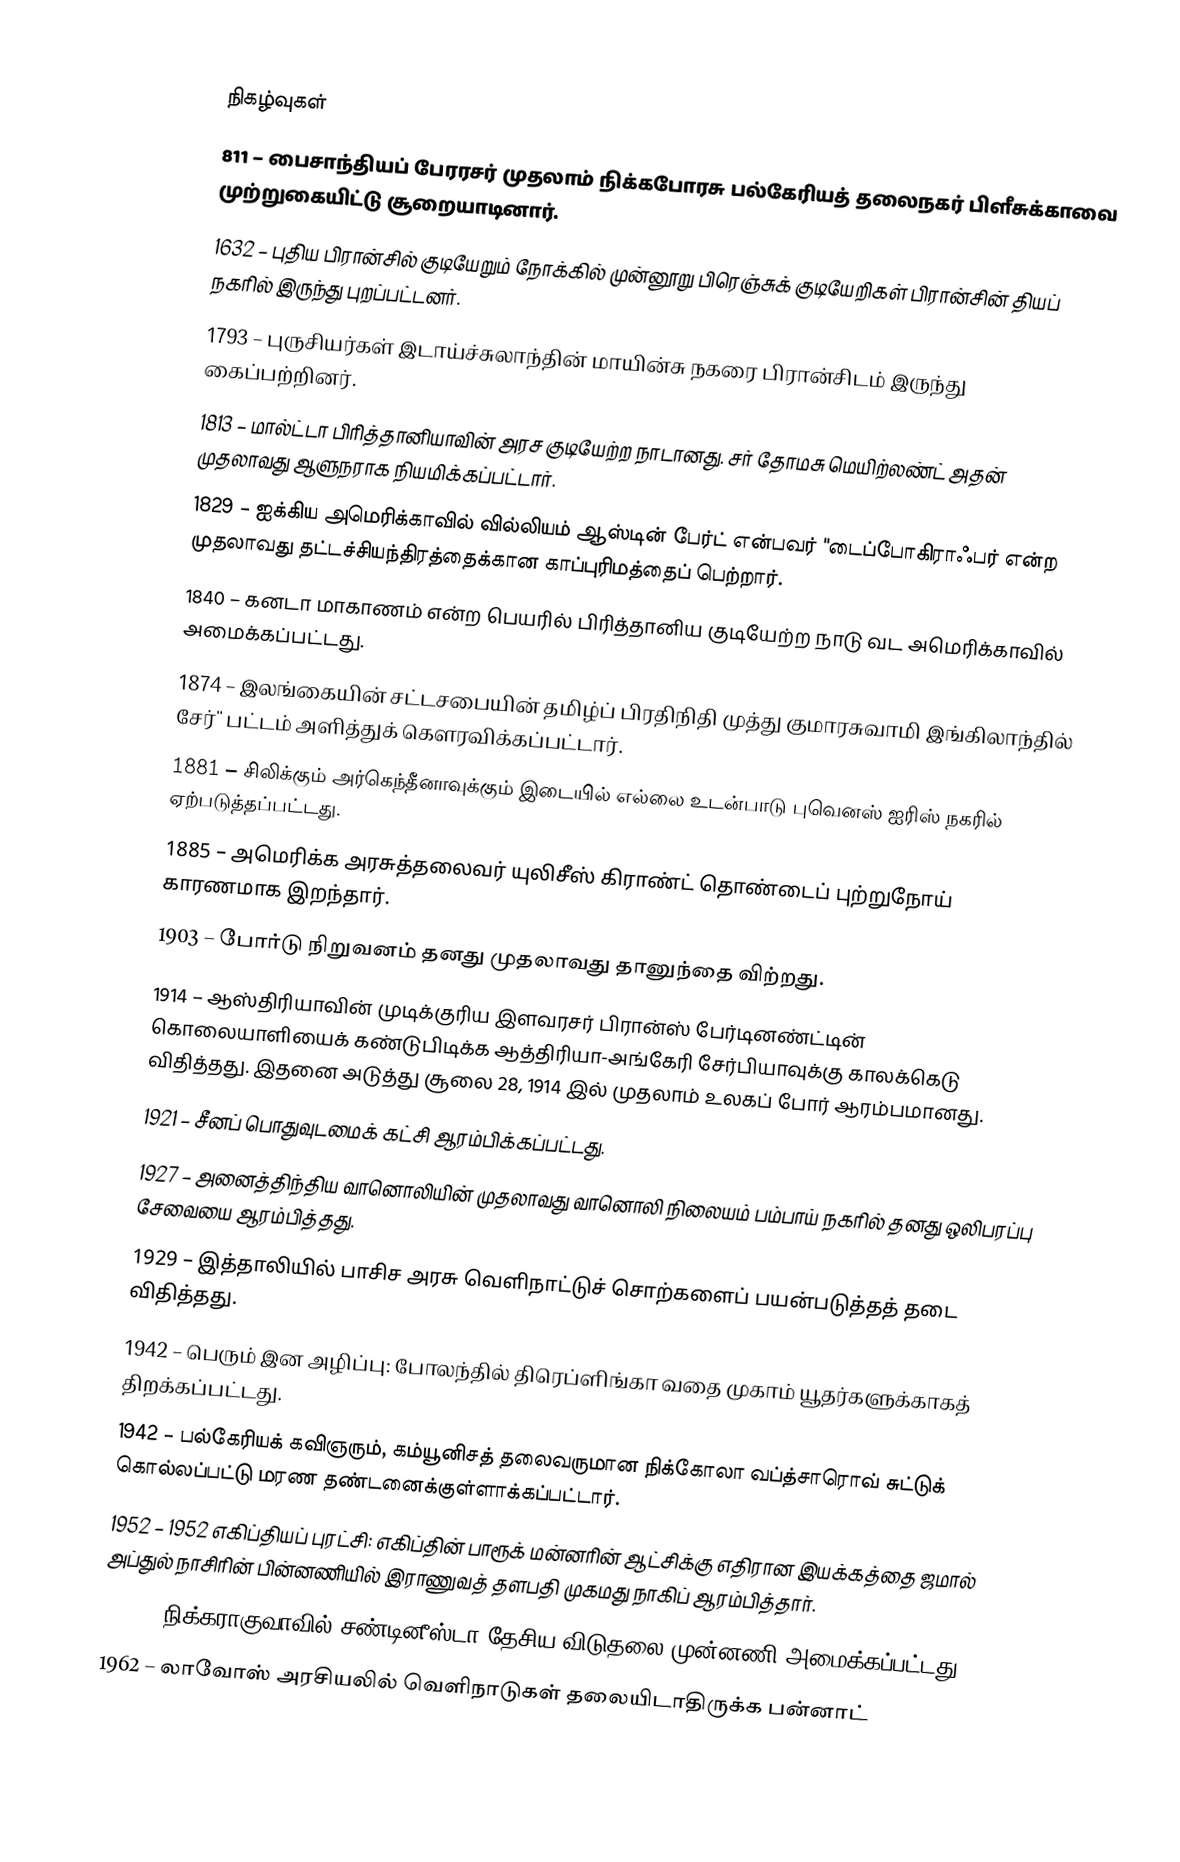

நிகழ்வுகள்
811 – பைசாந்தியப் பேரரசர் முதலாம் நிக்கபோரசு பல்கேரியத் தலைநகர் பிளீசுக்காவை முற்றுகையிட்டு சூறையாடினார்.
1632 – புதிய பிரான்சில் குடியேறும் நோக்கில் முன்னூறு பிரெஞ்சுக் குடியேறிகள் பிரான்சின் தியப் நகரில் இருந்து புறப்பட்டனர்.
1793 – புருசியர்கள் இடாய்ச்சுலாந்தின் மாயின்சு நகரை பிரான்சிடம் இருந்து கைப்பற்றினர்.
1813 – மால்ட்டா பிரித்தானியாவின் அரச குடியேற்ற நாடானது. சர் தோமசு மெயிற்லண்ட் அதன் முதலாவது ஆளுநராக நியமிக்கப்பட்டார்.
1829 – ஐக்கிய அமெரிக்காவில் வில்லியம் ஆஸ்டின் பேர்ட் என்பவர் "டைப்போகிராஃபர் என்ற முதலாவது தட்டச்சியந்திரத்தைக்கான காப்புரிமத்தைப் பெற்றார்.
1840 – கனடா மாகாணம் என்ற பெயரில் பிரித்தானிய குடியேற்ற நாடு வட அமெரிக்காவில் அமைக்கப்பட்டது.
1874 – இலங்கையின் சட்டசபையின் தமிழ்ப் பிரதிநிதி முத்து குமாரசுவாமி இங்கிலாந்தில் சேர்'' பட்டம் அளித்துக் கௌரவிக்கப்பட்டார்.
1881 – சிலிக்கும் அர்கெந்தீனாவுக்கும் இடையில் எல்லை உடன்பாடு புவெனஸ் ஐரிஸ் நகரில் ஏற்படுத்தப்பட்டது.
1885 – அமெரிக்க அரசுத்தலைவர் யுலிசீஸ் கிராண்ட் தொண்டைப் புற்றுநோய் காரணமாக இறந்தார்.
1903 – போர்டு நிறுவனம் தனது முதலாவது தானுந்தை விற்றது.
1914 – ஆஸ்திரியாவின் முடிக்குரிய இளவரசர் பிரான்ஸ் பேர்டினண்ட்டின் கொலையாளியைக் கண்டுபிடிக்க ஆத்திரியா-அங்கேரி சேர்பியாவுக்கு காலக்கெடு விதித்தது. இதனை அடுத்து சூலை 28, 1914 இல் முதலாம் உலகப் போர் ஆரம்பமானது.
1921 – சீனப் பொதுவுடமைக் கட்சி ஆரம்பிக்கப்பட்டது.
1927 – அனைத்திந்திய வானொலியின் முதலாவது வானொலி நிலையம் பம்பாய் நகரில் தனது ஒலிபரப்பு சேவையை ஆரம்பித்தது.
1929 – இத்தாலியில் பாசிச அரசு வெளிநாட்டுச் சொற்களைப் பயன்படுத்தத் தடை விதித்தது.
1942 – பெரும் இன அழிப்பு: போலந்தில் திரெப்ளிங்கா வதை முகாம் யூதர்களுக்காகத் திறக்கப்பட்டது.
1942 – பல்கேரியக் கவிஞரும், கம்யூனிசத் தலைவருமான நிக்கோலா வப்த்சாரொவ் சுட்டுக் கொல்லப்பட்டு மரண தண்டனைக்குள்ளாக்கப்பட்டார்.
1952 – 1952 எகிப்தியப் புரட்சி: எகிப்தின் பாரூக் மன்னரின் ஆட்சிக்கு எதிரான இயக்கத்தை ஜமால் அப்துல் நாசிரின் பின்னணியில் இராணுவத் தளபதி முகமது நாகிப் ஆரம்பித்தார்.
1961 – நிக்கராகுவாவில் சண்டினீஸ்டா தேசிய விடுதலை முன்னணி அமைக்கப்பட்டது.
1962 – லாவோஸ் அரசியலில் வெளிநாடுகள் தலையிடாதிருக்க பன்னாட்